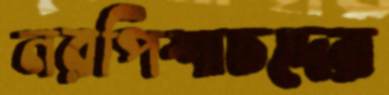
নরপিশাচদের